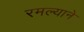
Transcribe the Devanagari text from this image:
रमल्याने